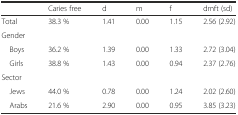
<table><thead><tr><td></td><td><b>Caries free</b></td><td><b>d</b></td><td><b>m</b></td><td><b>f</b></td><td><b>dmft (sd)</b></td></tr></thead><tbody><tr><td>Total</td><td>38.3 %</td><td>1.41</td><td>0.00</td><td>1.15</td><td>2.56 (2.92)</td></tr><tr><td>Gender</td><td></td><td></td><td></td><td></td><td></td></tr><tr><td> Boys</td><td>36.2 %</td><td>1.39</td><td>0.00</td><td>1.33</td><td>2.72 (3.04)</td></tr><tr><td> Girls</td><td>38.8 %</td><td>1.43</td><td>0.00</td><td>0.94</td><td>2.37 (2.76)</td></tr><tr><td>Sector</td><td></td><td></td><td></td><td></td><td></td></tr><tr><td> Jews</td><td>44.0 %</td><td>0.78</td><td>0.00</td><td>1.24</td><td>2.02 (2.60)</td></tr><tr><td> Arabs</td><td>21.6 %</td><td>2.90</td><td>0.00</td><td>0.95</td><td>3.85 (3.23)</td></tr></tbody></table>